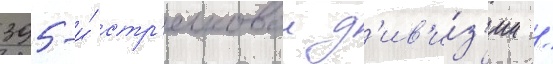
395-и́ стр'елковои д'ив'и́з'ии /